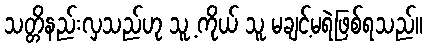
သတ္တိနည်းလှသည်ဟု သူ့ ကိုယ် သူ မချင့်မရဲဖြစ်ရသည်။